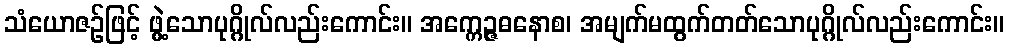
သံယောဇဉ်ဖြင့် ဖွဲ့သောပုဂ္ဂိုလ်လည်းကောင်း။ အက္ကေဉ္ဇဓနောစ၊ အမျက်မထွက်တတ်သောပုဂ္ဂိုလ်လည်းကောင်း။